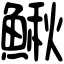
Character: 鰍